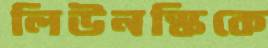
লিউনস্কিকে